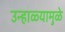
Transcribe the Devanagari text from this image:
उन्हाळ्यामुळे